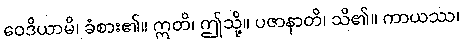
ဝေဒိယာမိ၊ ခံစား၏။ ဣတိ၊ ဤသို့။ ပဇာနာတိ၊ သိ၏။ ကာယဿ၊